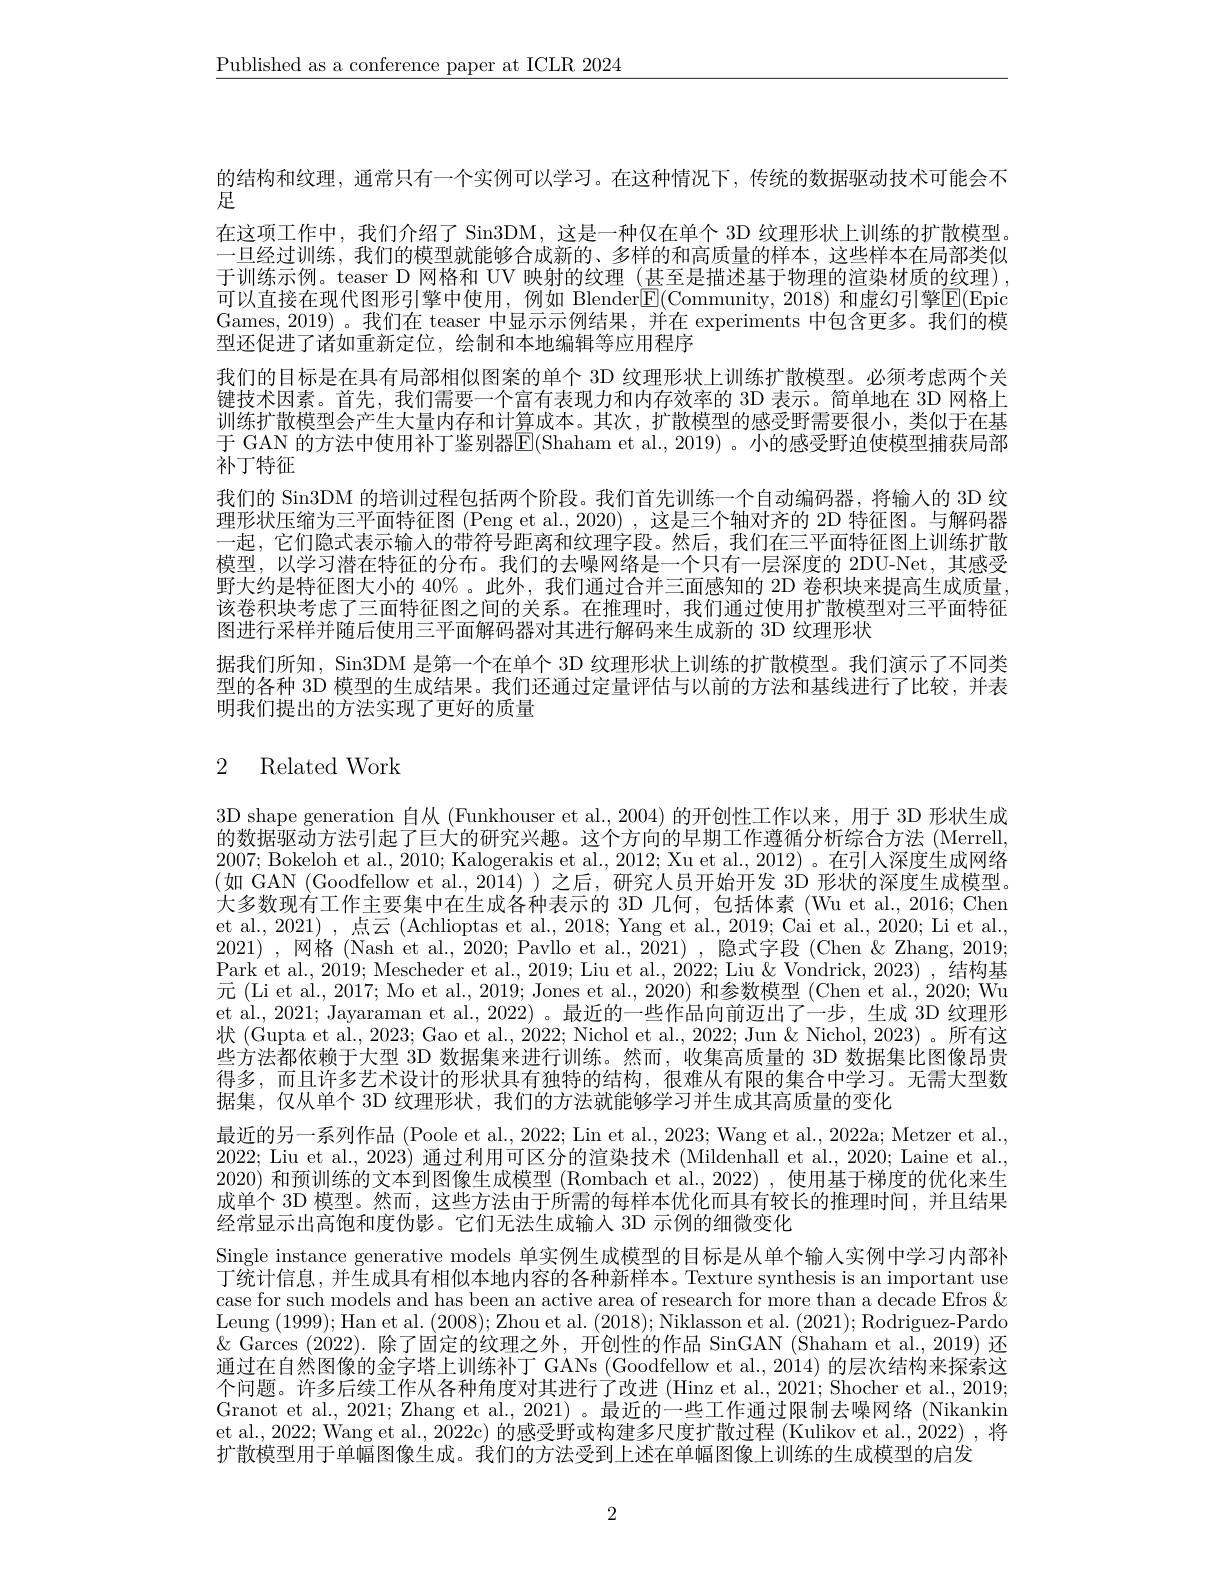
$\underline{\text{Published as a conference paper at ICLR 2024}}$

的结构和纹理，通常只有一个实例可以学习。在这种情况下，传统的数据驱动技术可能会不
足
在这项工作中，我们介绍了 Sin3DM,这是一种仅在单个 3D 纹理形状上训练的扩散模型。一旦经过训练，我们的模型就能够合成新的、多样的和高质量的样本，这些样本在局部类似于训练示例。teaser D 网格和 UV 映射的纹理 (甚至是描述基于物理的渲染材质的纹理), 可以直接在现代图形引擎中使用，例如 Blender$\boxed{\mathrm{E}}($Community,2018) 和虚幻引擎$\mathbb{E}(\mathbb{E}$pic Games, 2019)。我们在 teaser 中显示示例结果，并在 experiments 中包含更多。我们的模型还促进了诸如重新定位，绘制和本地编辑等应用程序
我们的目标是在具有局部相似图案的单个 3D 纹理形状上训练扩散模型。必须考虑两个关键技术因素。首先，我们需要一个富有表现力和内存效率的 3D 表示。简单地在 3D 网格上训练扩散模型会产生大量内存和计算成本。其次，扩散模型的感受野需要很小，类似于在基于 GAN 的方法中使用补丁鉴别器$\mathbb{E}($Shaham et al., 2019) 。小的感受野迫使模型捕获局部补丁特征
我们的 Sin3DM 的培训过程包括两个阶段。我们首先训练一个自动编码器，将输人的 3D 纹理形状压缩为三平面特征图 (Peng et al., 2020) , 这是三个轴对齐的 2D 特征图。与解码器一起，它们隐式表示输入的带符号距离和纹理字段。然后，我们在三平面特征图上训练扩散模型，以学习潜在特征的分布。我们的去噪网络是一个只有一层深度的 2DU-Net,其感受野大约是特征图大小的 40% 。此外，我们通过合并三面感知的 2D 卷积块来提高生成质量， 该卷积块考虑了三面特征图之间的关系。在推理时，我们通过使用扩散模型对三平面特征图进行采样并随后使用三平面解码器对其进行解码来生成新的 3D 纹理形状
据我们所知，Sin3DM 是第一个在单个 3D 纹理形状上训练的扩散模型。我们演示了不同类型的各种 3D 模型的生成结果。我们还通过定量评估与以前的方法和基线进行了比较，并表明我们提出的方法实现了更好的质量

# 2 Related Work

3D shape generation 自从 (Funkhouser et al., 2004) 的开创性工作以来，用于 3D 形状生成的数据驱动方法引起了巨大的研究兴趣。这个方向的早期工作遵循分析综合方法 (Merrell, 2007; Bokeloh et al., 2010; Kalogerakis et al., 2012; Xu et al., 2012)。在引人深度生成网络(如 GAN (Goodfellow et al.,2014))之后，研究人员开始开发 3D 形状的深度生成模型。大多数现有工作主要集中在生成各种表示的 3D 几何，包括体素 (Wu et al., 2016; Chen et al., 2021) , 点云 (Achlioptas et al., 2018; Yang et al., 2019; Cai et al., 2020; Li et al., 2021),网格 (Nash et al., 2020; Pavllo et al., 2021), 隐式字段 (Chen &Zhang, 2019; Park et al., 2019; Mescheder et al., 2019; Liu et al., 2022; Liu & Vondrick, 2023) , 结构基元 (Li et al., 2017; Mo et al., 2019; Jones et al., 2020) 和参数模型 (Chen et al., 2020; Wu et al., 2021; Jayaraman et al., 2022) 。最近的一些作品向前迈出了一步，生成 3D 纹理形状 (Gupta et al., 2023; Gao et al., 2022; Nichol et al., 2022; Jun & Nichol, 2023) 。所有这些方法都依赖于大型 3D 数据集来进行训练。然而，收集高质量的 3D 数据集比图像昂贵得多，而且许多艺术设计的形状具有独特的结构，很难从有限的集合中学习。无需大型数据集，仅从单个 3D 纹理形状，我们的方法就能够学习并生成其高质量的变化
最近的另一系列作品 (Poole et al., 2022; Lin et al., 2023; Wang et al., 2022a; Metzer et al., 2022; Liu et al., 2023) 通过利用可区分的渲染技术 (Mildenhall et al., 2020; Laine et al., 2020) 和预训练的文本到图像生成模型 (Rombach et al., 2022) , 使用基于梯度的优化来生成单个 3D 模型。然而，这些方法由于所需的每样本优化而具有较长的推理时间，并且结果经常显示出高饱和度伪影。它们无法生成输入 3D 示例的细微变化
Single instance generative models 单实例生成模型的目标是从单个输人实例中学习内部补丁统计信息，并生成具有相似本地内容的各种新样本。Texture synthesis is an important use case for such models and has been an active area of research for more than a decade Efros & Leung (1999);Han et al. (2008);Zhou et al. (2018); Niklasson et al. (2021); Rodriguez-Pardo $\&$ Garces (2022).除了固定的纹理之外，开创性的作品 SinGAN (Shaham et al., 2019) 还通过在自然图像的金字塔上训练补丁 GANs (Goodfellow et al., 2014) 的层次结构来探索这个问题。许多后续工作从各种角度对其进行了改进 (Hinz et al., 2021; Shocher et al., 2019; Granot et al., 2021; Zhang et al., 2021)。最近的一些工作通过限制去噪网络(Nikankin et al., 2022; Wang et al., 2022c) 的感受野或构建多尺度扩散过程 (Kulikov et al., 2022) ,将扩散模型用于单幅图像生成。我们的方法受到上述在单幅图像上训练的生成模型的启发

2